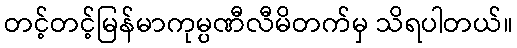
တင့်တင့်မြန်မာကုမ္ပဏီလီမိတက်မှ သိရပါတယ်။